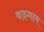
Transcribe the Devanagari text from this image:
बदगाम